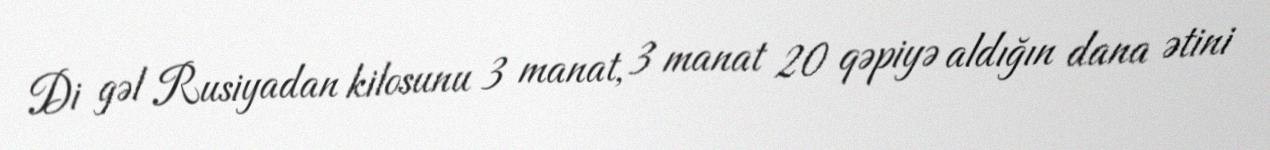
Di gəl Rusiyadan kilosunu 3 manat, 3 manat 20 qəpiyə aldığın dana ətini